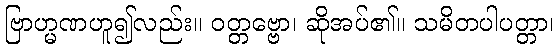
ဗြာဟ္မဏဟူ၍လည်း။ ဝတ္တဗ္ဗော၊ ဆိုအပ်၏။ သမိတပါပတ္တာ၊